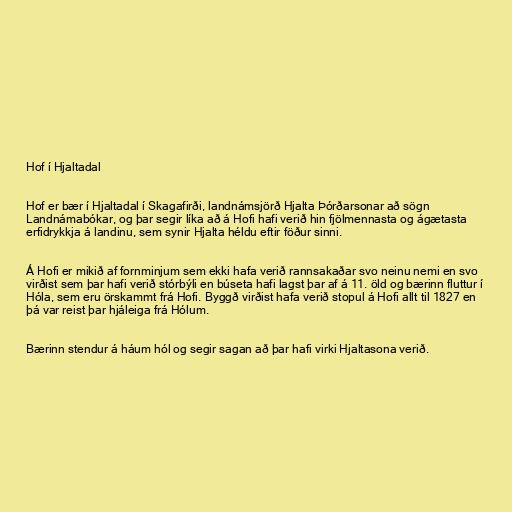
Hof í Hjaltadal

Hof er bær í Hjaltadal í Skagafirði, landnámsjörð Hjalta Þórðarsonar að sögn
Landnámabókar, og þar segir líka að á Hofi hafi verið hin fjölmennasta og ágætasta
erfidrykkja á landinu, sem synir Hjalta héldu eftir föður sinni.

Á Hofi er mikið af fornminjum sem ekki hafa verið rannsakaðar svo neinu nemi en svo
virðist sem þar hafi verið stórbýli en búseta hafi lagst þar af á 11. öld og bærinn fluttur í
Hóla, sem eru örskammt frá Hofi. Byggð virðist hafa verið stopul á Hofi allt til 1827 en
þá var reist þar hjáleiga frá Hólum.

Bærinn stendur á háum hól og segir sagan að þar hafi virki Hjaltasona verið.